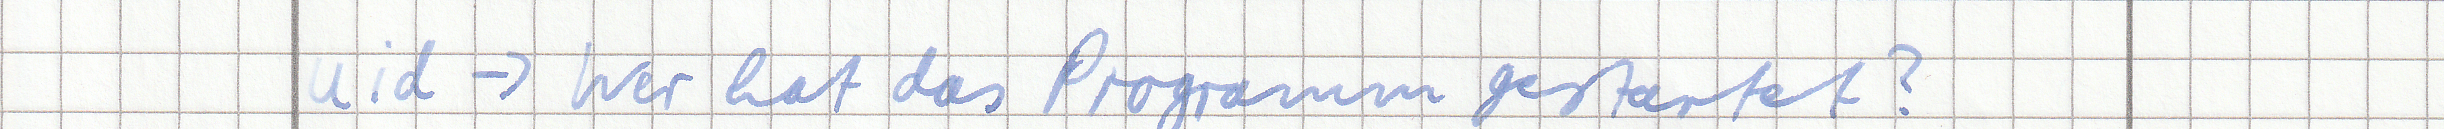
uid -> Wer hat das Programm gestartet?